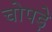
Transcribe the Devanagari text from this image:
चोपड़े